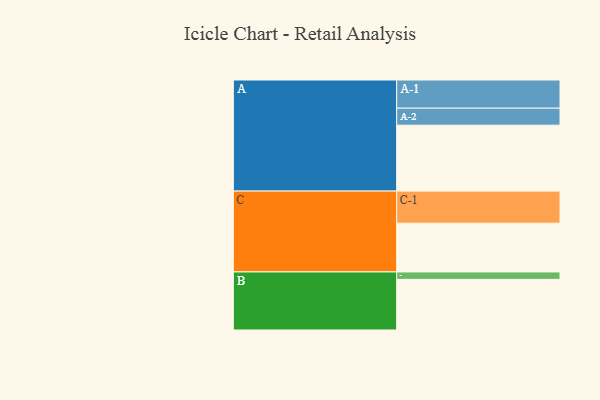
{"axis": {"x": "Segment", "y": "Value"}, "legend": ["", "A", "B", "C"], "data": [{"x": "A", "y": 578, "type": ""}, {"x": "B", "y": 444, "type": ""}, {"x": "C", "y": 427, "type": ""}, {"x": "A-1", "y": 247, "type": "A"}, {"x": "A-2", "y": 149, "type": "A"}, {"x": "B-1", "y": 65, "type": "B"}, {"x": "C-1", "y": 282, "type": "C"}]}